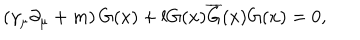
LaTeX: \left( \gamma _ { \mu } \partial _ { \mu } + m \right) G ( x ) + l G ( x ) \overline { { { G } } } ( x ) G ( x ) = 0 ,